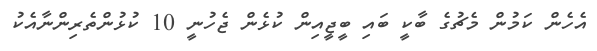
އެހެން ކަމުން މެޗުގެ ބާކީ ބައި ބީޖީއިން ކުޅެން ޖެހުނީ 10 ކުޅުންތެރިންނާއެކު